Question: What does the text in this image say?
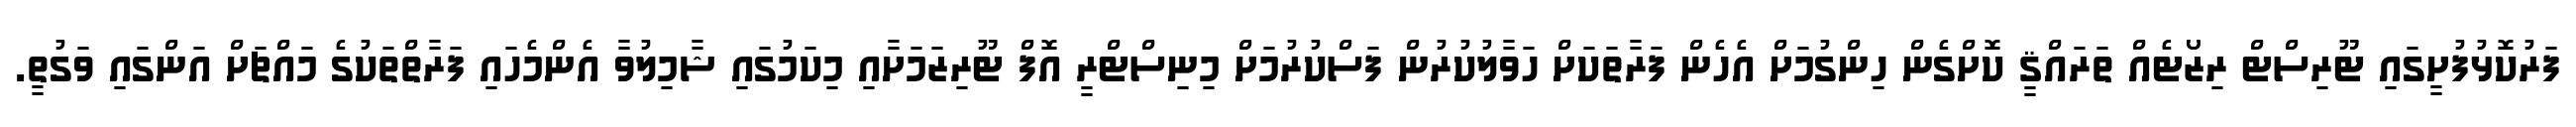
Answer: ފަރުކޮޅުފުށީގައި ޓޫރިސްޓް ރިޒޯޓެއް ތަރައްޤީ ކޮށްގެން ހިންގުމަށް އެހެން ފަރާތަކަށް ހަވާލުކުރުން ފަސްކުރުމަށް މިނިސްޓްރީ އޮފް ޓޫރިޒަމަށާއި މިކަމުގައި ޝާމިލުވާ އެންމެހައި ފަރާތްތަކުގެ މައްޗަށް އަންގައި ވަގުތީ.